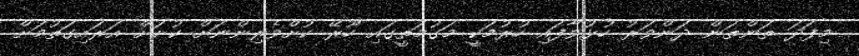
މިފަދަ ތަންތަން ދަންވަރު ހުޅުވާފައި ހުރުމަކީ މަގުމަތީގައި ހޫރޭ ކުށްވެރިންނަށް ކުށަށް އަރައިގަތުމަށް